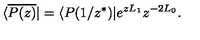
\langle \overline { { P ( z ) } } | = \langle P ( 1 / z ^ { \ast } ) | e ^ { z L _ { 1 } } { z } ^ { - 2 L _ { 0 } } .